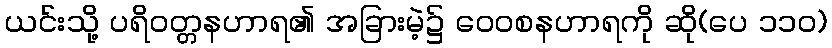
ယင်းသို့ ပရိဝတ္တနဟာရ၏ အခြားမဲ့၌ ဝေဝစနဟာရကို ဆို(ပေ ၁၁၀)